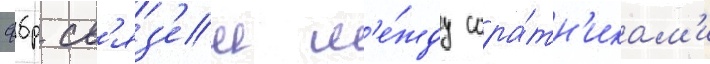
фбр св'яз'еи м'е́жду сора́тн'икам'и